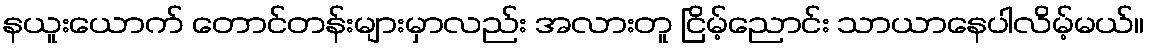
နယူးယောက် တောင်တန်းများမှာလည်း အလားတူ ငြိမ့်ညောင်း သာယာနေပါလိမ့်မယ်။